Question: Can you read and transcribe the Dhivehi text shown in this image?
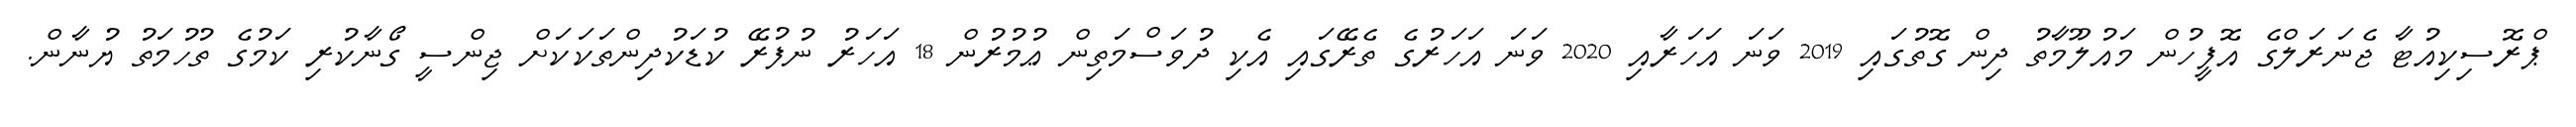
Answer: ޕްރޮސިކިއުޓާ ޖެނަރަލްގެ އޮފީހުން މައުލޫމާތު ދިން ގޮތުގައި 2019 ވަނަ އަހަރާއި 2020 ވަނަ އަހަރުގެ ތެރޭގައި އެކި ދުވަސްމަތިން ޢުމުރުން 18 އަހަރު ނުފުރޭ ކުޑަކުދިންތަކަކަށް ޖިންސީ ގޯނާކުރި ކަމުގެ ތުހުމަތު ޔުނާން.